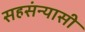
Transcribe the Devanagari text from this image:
सहसंन्यासी